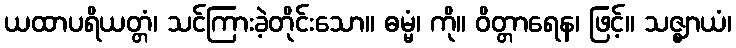
ယထာပရိယတ္တံ၊ သင်ကြားခဲ့တိုင်းသော။ ဓမ္မံ၊ ကို။ ဝိတ္တာရေန၊ ဖြင့်။ သဇ္ဈာယံ၊